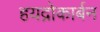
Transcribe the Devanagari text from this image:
हयद्रोकार्बन